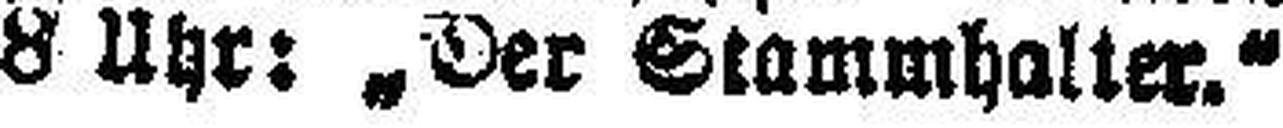
8 Uhr: „Der Stammhalter.“